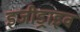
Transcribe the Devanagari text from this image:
इजीड्राइव